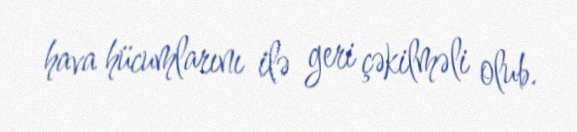
hava hücumlarını ilə geri çəkilməli olub.